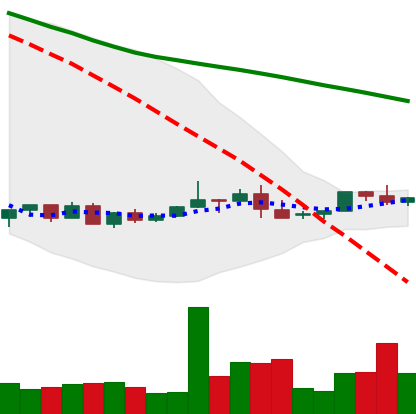
Ticker: NEO-USD
Chart end date: 2022-06-02
Forward return: 3.839%
Label: up_3_5